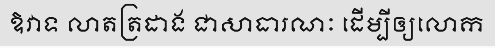
ឱវាទ លាតត្រដាង ជាសាធារណៈ ដើម្បីឲ្យលោក